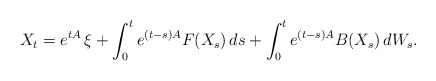
\begin{align*} X_t = e^{ t A } \, \xi + \int_0^t e^{ ( t - s ) A } F( X_s ) \, ds + \int_0^t e^{ ( t - s ) A } B( X_s ) \, dW_s .\end{align*}